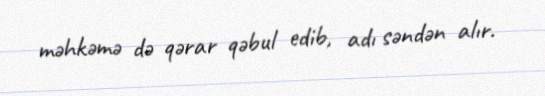
məhkəmə də qərar qəbul edib, adı səndən alır.